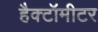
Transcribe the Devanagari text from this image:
हैक्टॉमीटर